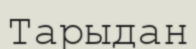
Тарыдан